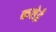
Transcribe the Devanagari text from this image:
कशेई